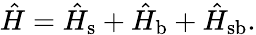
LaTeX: \hat{H}=\hat{H}_{\mathrm{s}}+\hat{H}_{\mathrm{b}}+\hat{H}_{\mathrm{sb}}.